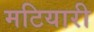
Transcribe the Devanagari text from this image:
मटियारी